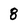
Character: 8